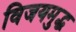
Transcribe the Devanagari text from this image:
विजयमुद्ध